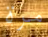
مرة